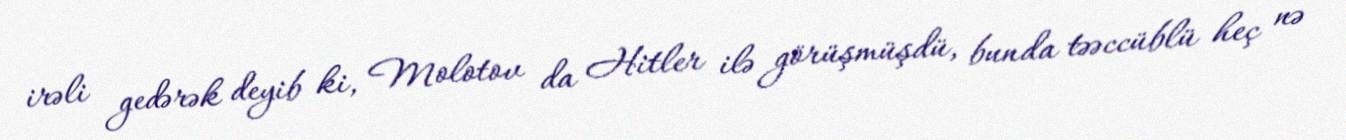
irəli gedərək deyib ki, Molotov da Hitler ilə görüşmüşdü, bunda təəccüblü heç nə